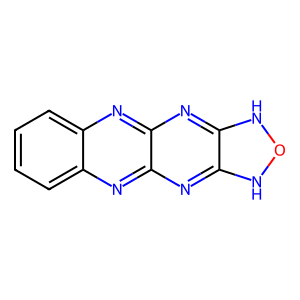
SMILES: c1ccc2nc3nc4c(nc3nc2c1)NON4
Inhibits HIV replication: No